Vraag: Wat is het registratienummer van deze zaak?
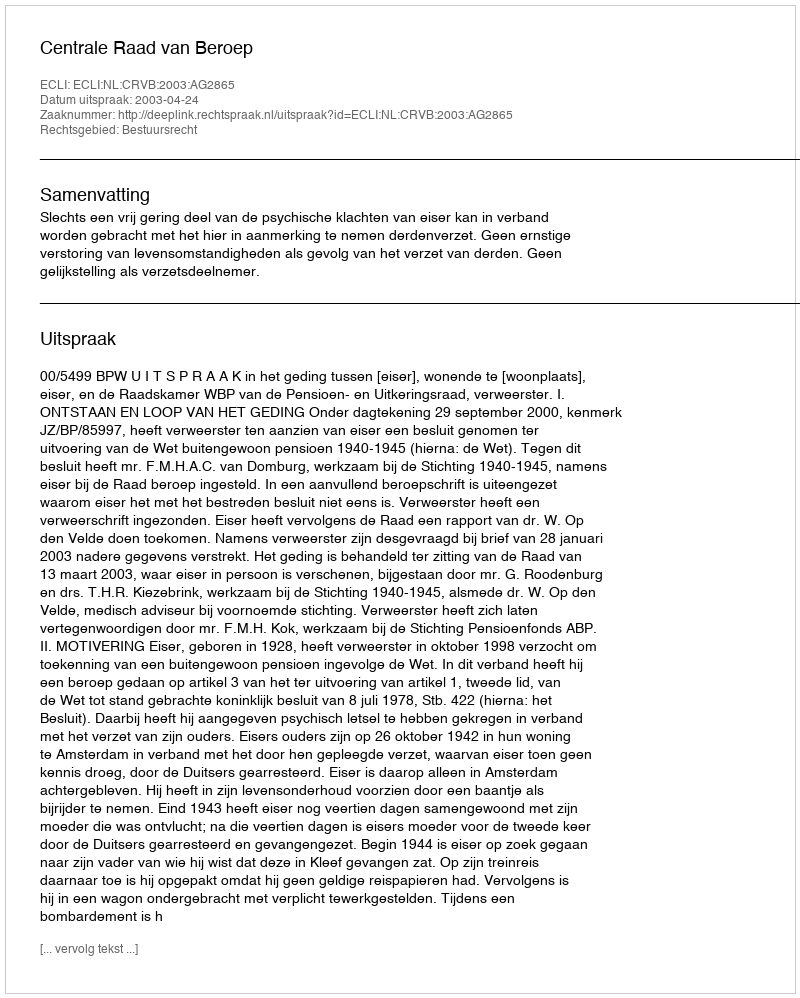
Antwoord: http://deeplink.rechtspraak.nl/uitspraak?id=ECLI:NL:CRVB:2003:AG2865